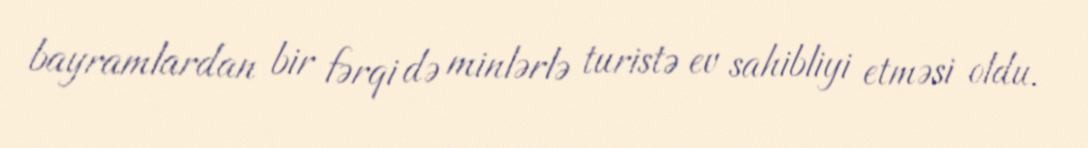
bayramlardan bir fərqi də minlərlə turistə ev sahibliyi etməsi oldu.